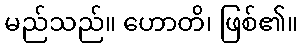
မည်သည်။ ဟောတိ၊ ဖြစ်၏။